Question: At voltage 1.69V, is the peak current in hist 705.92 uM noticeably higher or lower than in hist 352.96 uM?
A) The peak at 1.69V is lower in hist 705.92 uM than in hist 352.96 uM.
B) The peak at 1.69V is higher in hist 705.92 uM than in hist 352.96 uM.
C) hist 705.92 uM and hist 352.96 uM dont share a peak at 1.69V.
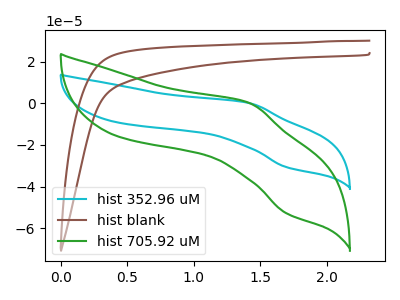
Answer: <think>The cyan curve "hist 352.96 uM" has an anodic peak at (1.40V, 0.10uA) and a cathodic peak at (1.70V, -30.65uA). The brown curve "hist blank" has no peaks. The green curve "hist 705.92 uM" has an anodic peak at (1.40V, 0.20uA) and a cathodic peak at (1.70V, -52.75uA).</think>
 <answer>B) The peak at 1.69V is higher in "hist 705.92 uM" than in "hist 352.96 uM".</answer>
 <eval>B</eval>